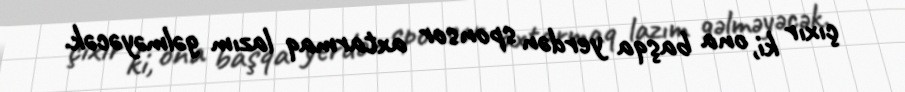
çıxır ki, ona başqa yerdən sponsor axtarmaq lazım gəlməyəcək.